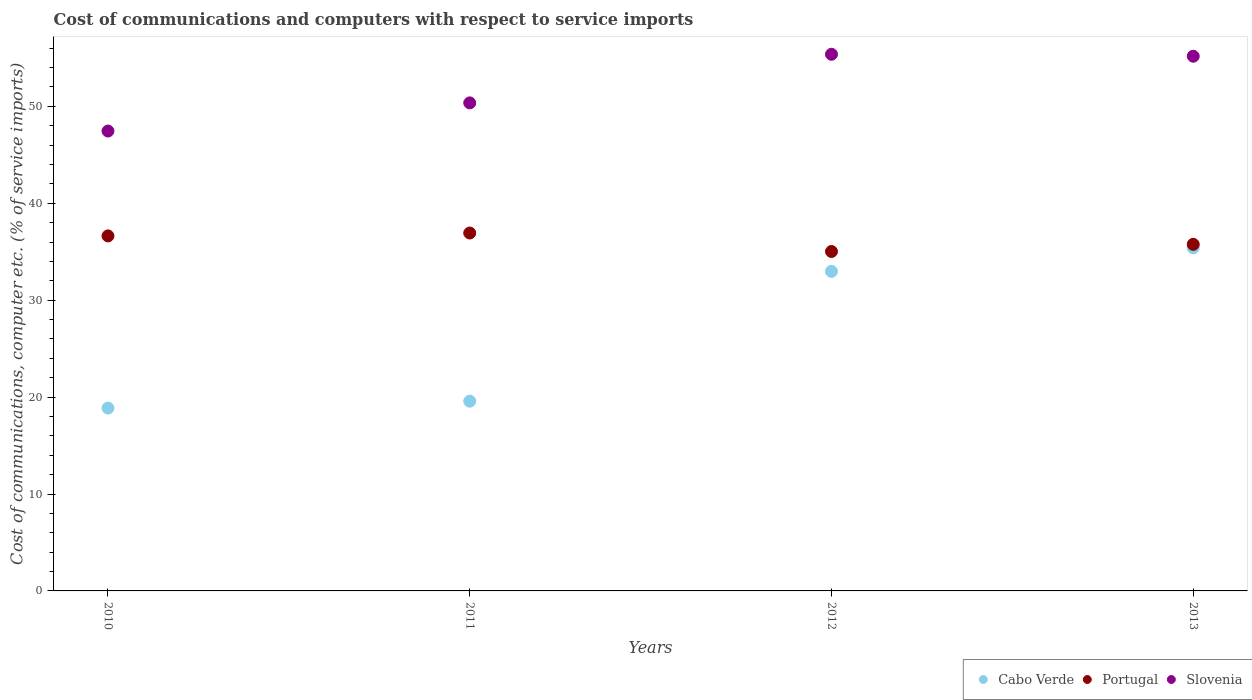
| Years | Cabo Verde | Portugal | Slovenia |
 | --- | --- | --- | --- |
 | 2010 | 18.9 | 36.6 | 47.5 |
 | 2011 | 19.6 | 36.9 | 50.4 |
 | 2012 | 33 | 35 | 55.4 |
 | 2013 | 35.4 | 35.8 | 55.2 |